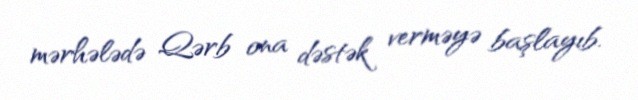
mərhələdə Qərb ona dəstək verməyə başlayıb.